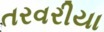
તરવરીયા